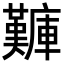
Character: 𪪫